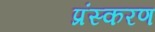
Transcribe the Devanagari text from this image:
प्रंस्करण